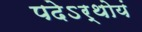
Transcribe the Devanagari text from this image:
पदेऽर्थोयं